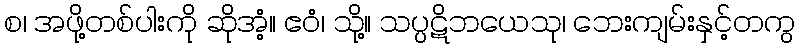
စ၊ အဖို့တစ်ပါးကို ဆိုအံ့။ ဧဝံ၊ သို့။ သပ္ပဋိဘယေသု၊ ဘေးကျမ်းနှင့်တကွ